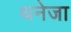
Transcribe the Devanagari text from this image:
थनेजा